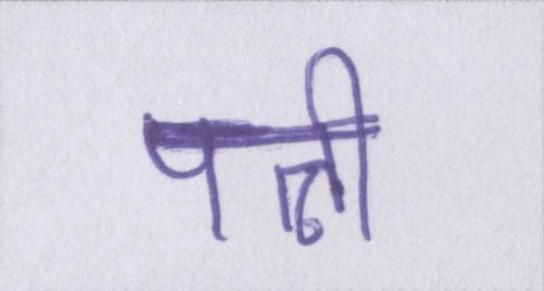
पत्नी